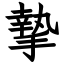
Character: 摯